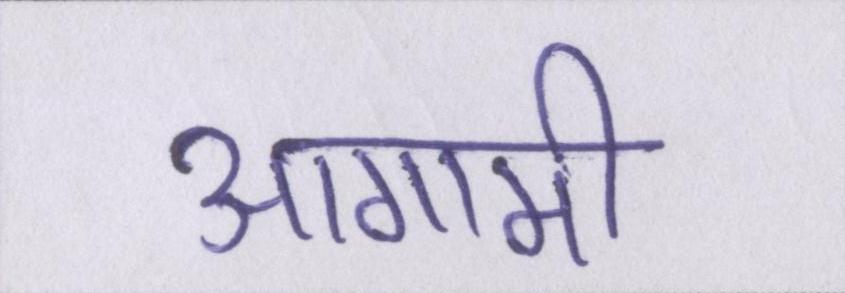
आगामी